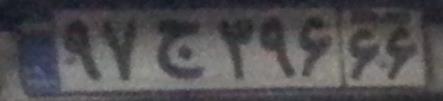
۹۷ج۳۹۶۶۶